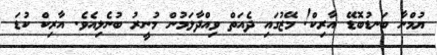
ޔުމްނާ ބަނޑުބޮޑޭ އާރިކް! މޭޒުގައި ދެއަތް ވިއްދާލަމުން މުނީރު ބުނެލިއެވެ. އާރިކް ކުޑަ